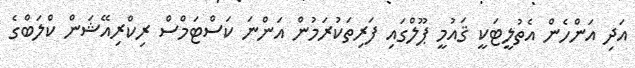
އަދި އަންހެން އެތުލީޓަކީ ޤައުމީ ޕޫލްގައި ފަރިތަކުރަމުން އަންނަ ކަސްޓަމްސް ރިކްރިއޭޝަން ކްލަބްގެ